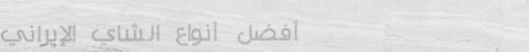
أفضل أنواع الشاي الإيراني